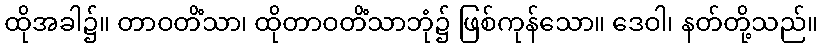
ထိုအခါ၌။ တာဝတိံသာ၊ ထိုတာဝတိံသာဘုံ၌ ဖြစ်ကုန်သော။ ဒေဝါ၊ နတ်တို့သည်။